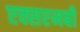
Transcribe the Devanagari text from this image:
एक्सएमबी